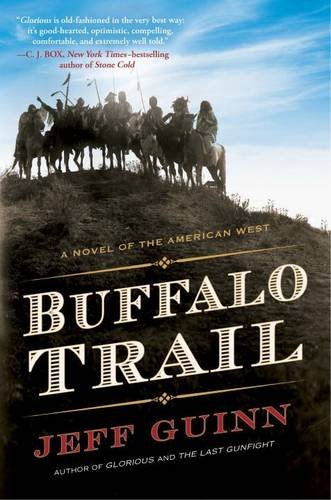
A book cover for Buffalo Trail: A Novel of the American West; Jeff Guinn; Literature & Fiction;